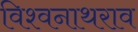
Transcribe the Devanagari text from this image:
विश्वनाथराव